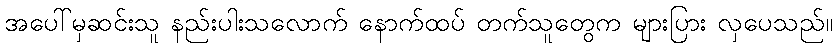
အပေါ်မှဆင်းသူ နည်းပါးသလောက် နောက်ထပ် တက်သူတွေက များပြား လှပေသည်။